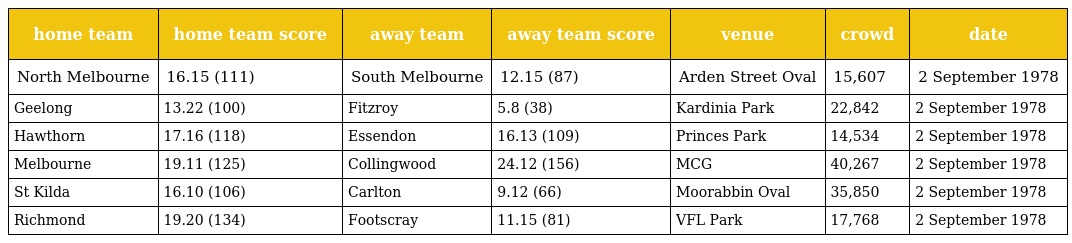
| home team | home team score | away team | away team score | venue | crowd | date |
 | --- | --- | --- | --- | --- | --- | --- |
 | North Melbourne | 16.15 (111) | South Melbourne | 12.15 (87) | Arden Street Oval | 15,607 | 2 September 1978 |
 | Geelong | 13.22 (100) | Fitzroy | 5.8 (38) | Kardinia Park | 22,842 | 2 September 1978 |
 | Hawthorn | 17.16 (118) | Essendon | 16.13 (109) | Princes Park | 14,534 | 2 September 1978 |
 | Melbourne | 19.11 (125) | Collingwood | 24.12 (156) | MCG | 40,267 | 2 September 1978 |
 | St Kilda | 16.10 (106) | Carlton | 9.12 (66) | Moorabbin Oval | 35,850 | 2 September 1978 |
 | Richmond | 19.20 (134) | Footscray | 11.15 (81) | VFL Park | 17,768 | 2 September 1978 |